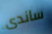
ساندى